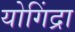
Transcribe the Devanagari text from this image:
योगिंद्रा